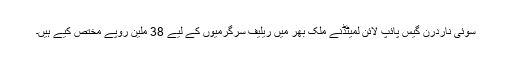
سوئی ناردرن گیس پائپ لائن لمیٹڈنے ملک بھر میں ریلیف سرگرمیوں کے لیے 38 ملین روپے مختص کیے ہیں۔